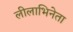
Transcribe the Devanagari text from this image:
लीलाभिनेता